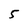
Character: 5